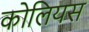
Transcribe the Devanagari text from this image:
कोलियस